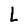
Character: L